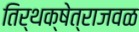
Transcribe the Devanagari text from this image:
तिर्थक्षेत्राजवळ